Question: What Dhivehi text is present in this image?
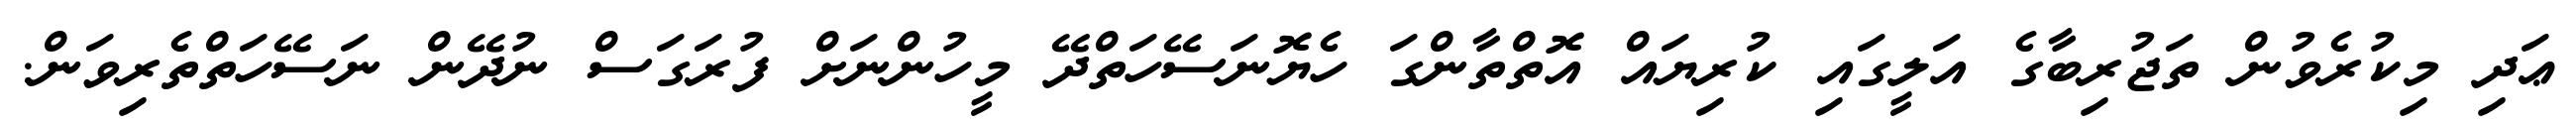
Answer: ޢަދި މިކުރެވުން ތަޖުރިބާގެ އަލީގައި ކުރިޔައް އޮތްތާންގަ ހެޔޮނަސޭހަތްދޭ މީހުންނަށް ފުރަގަސް ނުދޭން ނަސޭހަތްތެރިވަން.